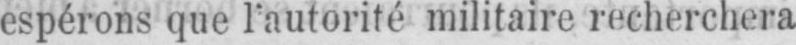
espérons que l’autorité militaire recherchera